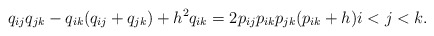
\begin{gather*}q_{ij} q_{jk} -q_{ik}( q_{ij} +q_{jk})+h^2 q_{ik} =2 p_{ij} p_{ik} p_{jk}(p_{ik}+h) i < j < k.\end{gather*}